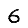
Digit: 6